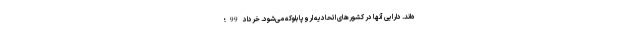
ه‌اند. دارایی آنها در کشورهای اتحادیه اروپا بلوکه می‌شود. خرداد 99؛